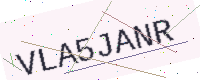
Text: VLA5JANR